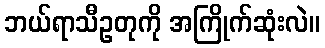
ဘယ်ရာသီဥတုကို အကြိုက်ဆုံးလဲ။